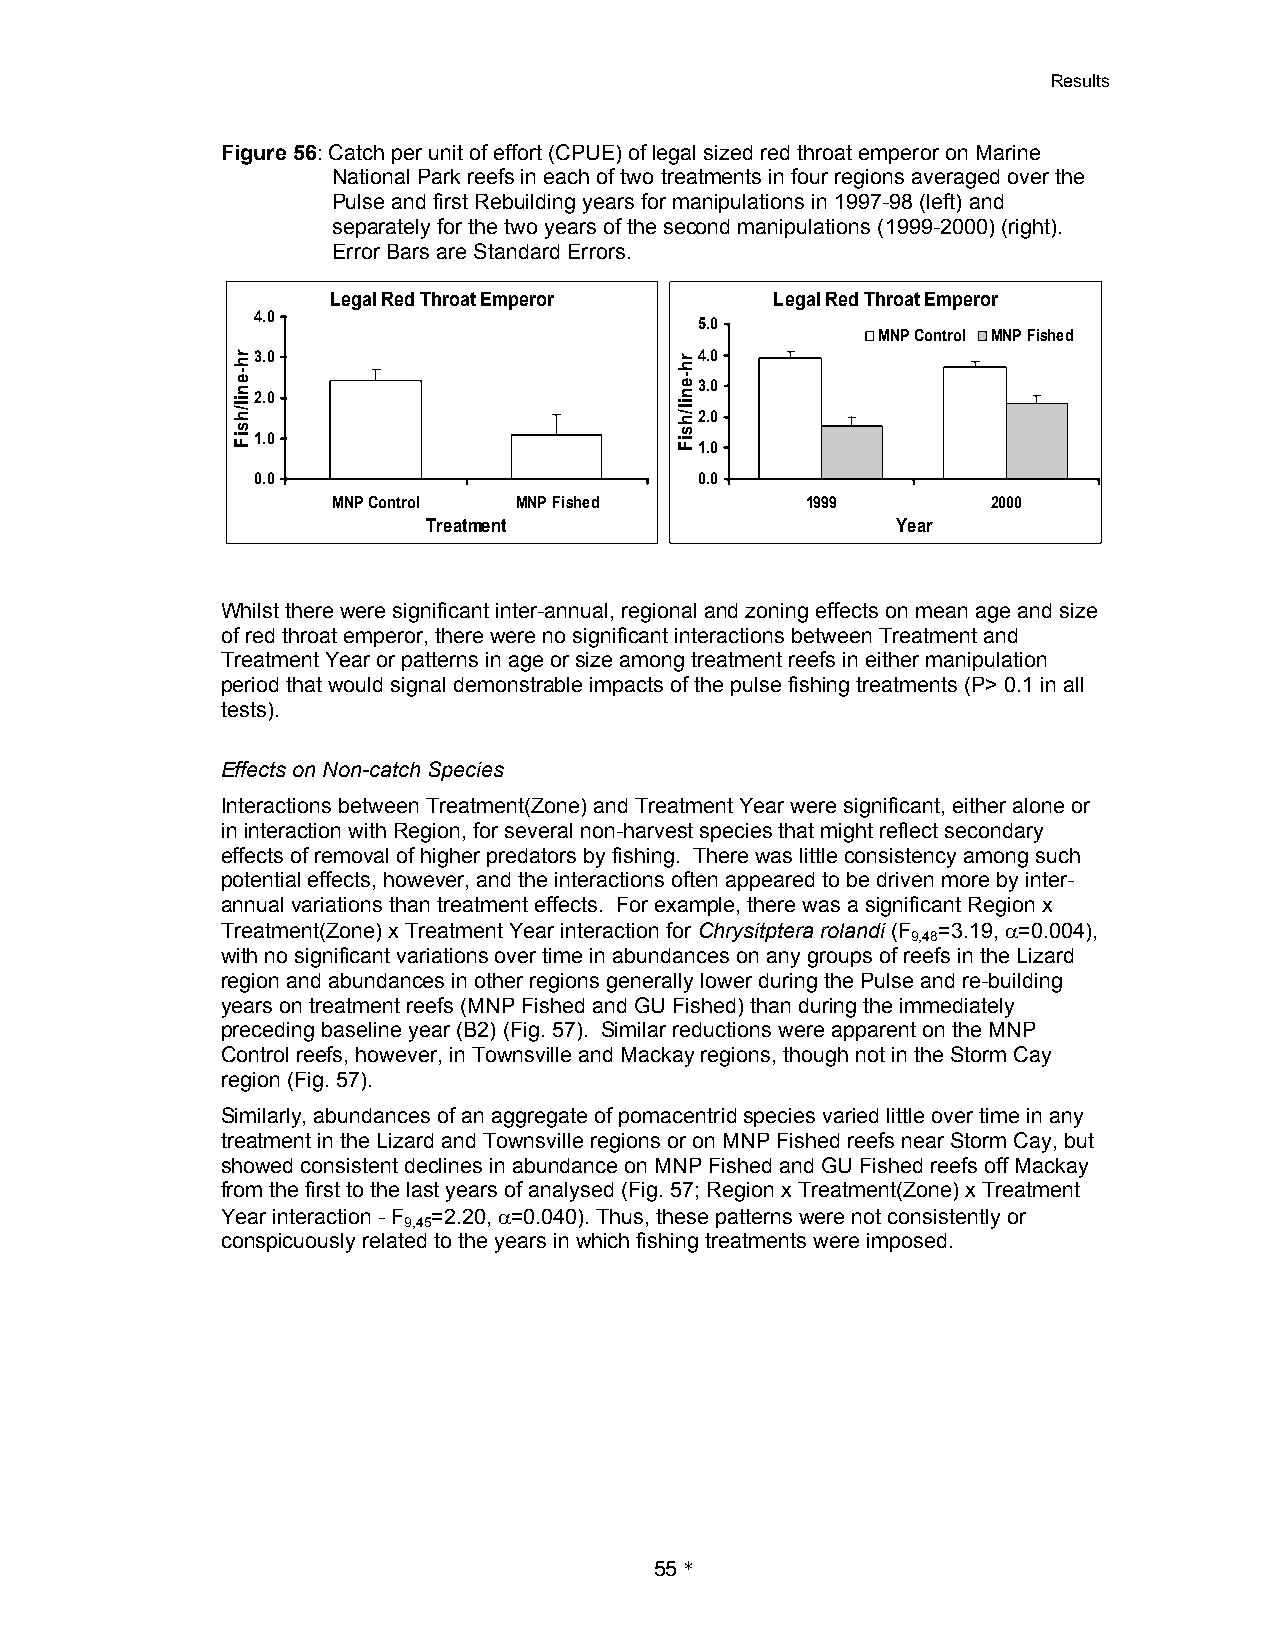
Results
 Figure 56: Catch per unit of effort (CPUE) of legal sized red throat emperor on Marine
 National Park reefs in each of two treatments in four regions averaged over the
 Pulse and first Rebuilding years for manipulations in 1997-98 (left) and
 separately for the two years of the second manipulations (1999-2000) (right).
 Error Bars are Standard Errors.
 Legal Red Throat Emperor     Legal Red Throat Emperor
 4.0
 5.0
 MNP Control MNP Fished
 3.0                          4.0
 3.0
 2.0
 2.0
 1.0
 1.0
 0.0                          0.0
 MNP Control MNP Fished         1999         2000
 Treatment                      Year
 Whilst there were significant inter-annual, regional and zoning effects on mean age and size
 of red throat emperor, there were no significant interactions between Treatment and
 Treatment Year or patterns in age or size among treatment reefs in either manipulation
 period that would signal demonstrable impacts of the pulse fishing treatments (P> 0.1 in all
 tests).
 Effects on Non-catch Species
 Interactions between Treatment(Zone) and Treatment Year were significant, either alone or
 in interaction with Region, for several non-harvest species that might reflect secondary
 effects of removal of higher predators by fishing. There was little consistency among such
 potential effects, however, and the interactions often appeared to be driven more by inter-
 annual variations than treatment effects. For example, there was a significant Region x
 Treatment(Zone) x Treatment Year interaction for Chrysitptera rolandi (F =3.19, 0=0.004),
 9,48
 with no significant variations over time in abundances on any groups of reefs in the Lizard
 region and abundances in other regions generally lower during the Pulse and re-building
 years on treatment reefs (MNP Fished and GU Fished) than during the immediately
 preceding baseline year (B2) (Fig. 57). Similar reductions were apparent on the MNP
 Control reefs, however, in Townsville and Mackay regions, though not in the Storm Cay
 region (Fig. 57).
 Similarly, abundances of an aggregate of pomacentrid species varied little over time in any
 treatment in the Lizard and Townsville regions or on MNP Fished reefs near Storm Cay, but
 showed consistent declines in abundance on MNP Fished and GU Fished reefs off Mackay
 from the first to the last years of analysed (Fig. 57; Region x Treatment(Zone) x Treatment
 Year interaction -F =2.20, 0=0.040). Thus, these patterns were not consistently or
 9,45
 conspicuously related to the years in which fishing treatments were imposed.
 55*
 rh-enil/hsiF                  rh-enil/hsiF